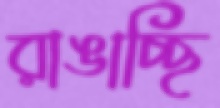
রাঙাচ্ছি